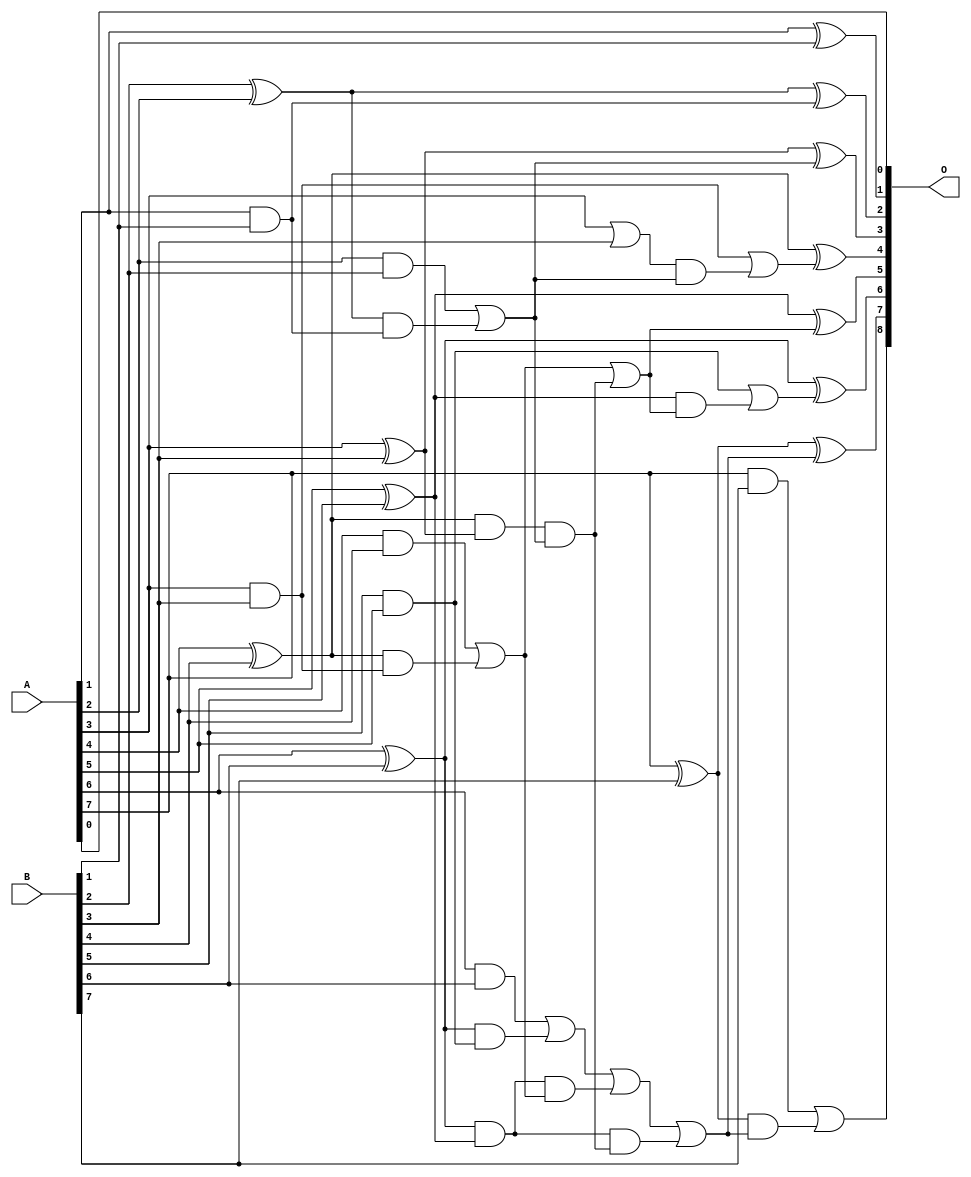
// This program was cloned from: https://github.com/ehw-fit/evoapproxlib
// License: MIT License

/***
* This code is a part of EvoApproxLib library (ehw.fit.vutbr.cz/approxlib) distributed under The MIT License.
* When used, please cite the following article(s): V. Mrazek, Z. Vasicek and R. Hrbacek, "Role of circuit representation in evolutionary design of energy-efficient approximate circuits" in IET Computers & Digital Techniques, vol. 12, no. 4, pp. 139-149, 7 2018. doi: 10.1049/iet-cdt.2017.0188 
* This file contains a circuit from a sub-set of pareto optimal circuits with respect to the pwr and wce parameters
***/
// MAE% = 0.098 %
// MAE = 0.5 
// WCE% = 0.20 %
// WCE = 1.0 
// WCRE% = 100.00 %
// EP% = 50.00 %
// MRE% = 0.27 %
// MSE = 0.5 
// PDK45_PWR = 0.028 mW
// PDK45_AREA = 61.5 um2
// PDK45_DELAY = 0.55 ns

module add8u_4T8(A, B, O);
  input [7:0] A, B;
  output [8:0] O;
  wire n_196, n_192, n_23, n_46, n_27, n_42, n_85, n_69, n_166, n_89;
  wire n_66, n_62, n_200, n_108, n_204, n_208, n_127, n_100, n_189, n_104;
  wire n_8, n_9, n_185, n_4, n_5, n_6, n_7, n_0, n_1, n_2;
  wire n_3, n_31, n_35, n_16, n_39, n_14, n_15, n_12, n_13, n_10;
  wire n_11, n_96, n_173, n_58, n_92, n_177, n_50, n_77, n_154, n_119;
  wire n_54, n_73, n_169, n_212, n_139, n_135, n_131;
  assign n_0 = A[0];
  assign n_1 = A[1];
  assign n_2 = A[2];
  assign n_3 = A[3];
  assign n_4 = A[4];
  assign n_5 = A[5];
  assign n_6 = A[6];
  assign n_7 = A[7];
  assign n_8 = B[0];
  assign n_9 = B[1];
  assign n_10 = B[2];
  assign n_11 = B[3];
  assign n_12 = B[4];
  assign n_13 = B[5];
  assign n_14 = B[6];
  assign n_15 = B[7];
  assign n_16 = n_3 | n_11;
  assign n_23 = n_1 ^ n_9;
  assign n_27 = n_1 & n_9;
  assign n_31 = n_10 ^ n_2;
  assign n_35 = n_2 & n_10;
  assign n_39 = n_3 ^ n_11;
  assign n_42 = n_3 & n_11;
  assign n_46 = n_4 ^ n_12;
  assign n_50 = n_4 & n_12;
  assign n_54 = n_5 ^ n_13;
  assign n_58 = n_13 & n_5;
  assign n_62 = n_6 ^ n_14;
  assign n_66 = n_6 & n_14;
  assign n_69 = n_7 ^ n_15;
  assign n_73 = n_7 & n_15;
  assign n_77 = n_31 & n_27;
  assign n_85 = n_35 | n_77;
  assign n_89 = n_46 & n_42;
  assign n_92 = n_46 & n_39;
  assign n_96 = n_50 | n_89;
  assign n_100 = n_62 & n_58;
  assign n_104 = n_62 & n_54;
  assign n_108 = n_66 | n_100;
  assign n_119 = n_92 & n_85;
  assign n_127 = n_96 | n_119;
  assign n_131 = n_104 & n_96;
  assign n_135 = n_104 & n_119;
  assign n_139 = n_108 | n_131;
  assign n_154 = n_139 | n_135;
  assign n_166 = n_16 & n_85;
  assign n_169 = n_42 | n_166;
  assign n_173 = n_54 & n_127;
  assign n_177 = n_58 | n_173;
  assign n_185 = n_31 ^ n_27;
  assign n_189 = n_39 ^ n_85;
  assign n_192 = n_46 ^ n_169;
  assign n_196 = n_54 ^ n_127;
  assign n_200 = n_62 ^ n_177;
  assign n_204 = n_69 ^ n_154;
  assign n_208 = n_69 & n_154;
  assign n_212 = n_73 | n_208;
  assign O[0] = n_0;
  assign O[1] = n_23;
  assign O[2] = n_185;
  assign O[3] = n_189;
  assign O[4] = n_192;
  assign O[5] = n_196;
  assign O[6] = n_200;
  assign O[7] = n_204;
  assign O[8] = n_212;
endmodule